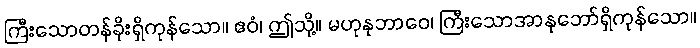
ကြီးသောတန်ခိုးရှိကုန်သော။ ဧဝံ၊ ဤသို့။ မဟုနုဘာဝေ၊ ကြီးသောအာနုဘော်ရှိကုန်သော။